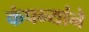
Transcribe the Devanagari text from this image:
कंपन्यांने